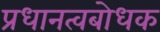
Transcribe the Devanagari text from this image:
प्रधानत्वबोधक